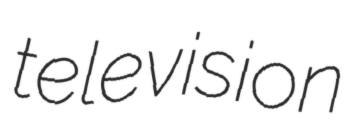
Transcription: television